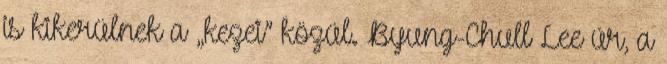
is kikerülnek a „kezei” közül. Byung-Chull Lee úr, a